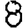
Digit: 8